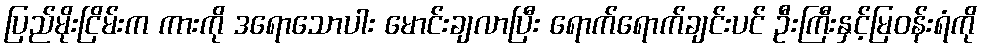
ပြည်မိုးငြိမ်းက ကားကို ဒရောသောပါး မောင်းချလာပြီး ရောက်ရောက်ချင်းပင် ဦးကြီးနှင့်မြဝန်းရံကို